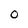
Character: 0